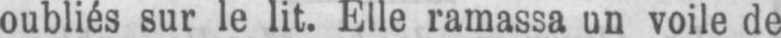
oubliés sur le lit. Elle ramassa un voile de